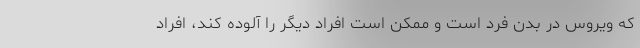
که ویروس در بدن فرد است و ممکن است افراد دیگر را آلوده ‌کند، افراد